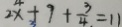
2 x + 9 + \frac { 3 } { 4 } = 1 1